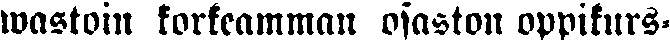
wastoin korkeamman osaston oppikurs-